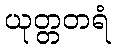
ယုတ္တတရံ